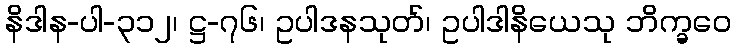
နိဒါန-ပါ-၃၁၂၊ ဋ္ဌ-၇၆၊ ဥပါဒနသုတ်၊ ဥပါဒါနိယေသု ဘိက္ခဝေ